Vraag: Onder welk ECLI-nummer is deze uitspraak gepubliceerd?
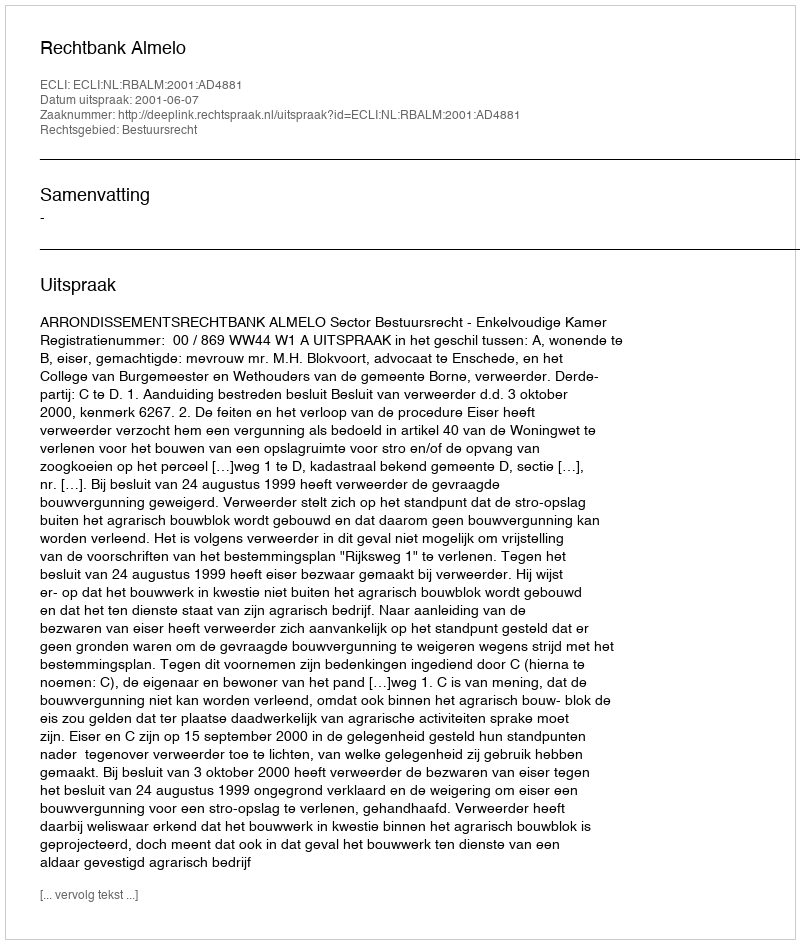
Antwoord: ECLI:NL:RBALM:2001:AD4881